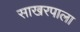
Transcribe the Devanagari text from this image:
साखरपाला